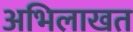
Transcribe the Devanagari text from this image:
अभिलाखत